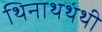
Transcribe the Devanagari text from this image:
थिनाथथंथी